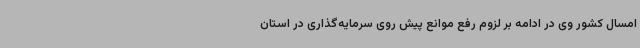
امسال کشور وی در ادامه بر لزوم رفع موانع پیش روی سرمایه‌گذاری در استان